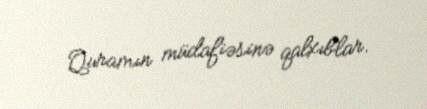
Quramın müdafiəsinə qalxıblar.